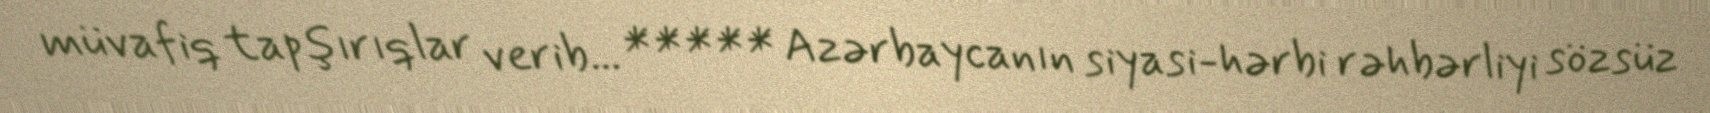
müvafiq tapşırıqlar verib... ***** Azərbaycanın siyasi-hərbi rəhbərliyi sözsüz